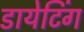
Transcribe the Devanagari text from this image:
डायेटिंग